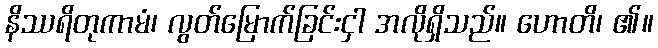
နိဿရိတုကာမံ၊ လွတ်မြောက်ခြင်းငှါ အလိုရှိသည်။ ဟောတိ၊ ၏။